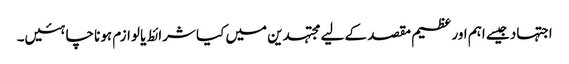
اجتہاد جیسے اہم اور عظیم مقصد کے لیے مجتہدین میں کیا شرائط یا لوازم ہونا چاہئیں۔